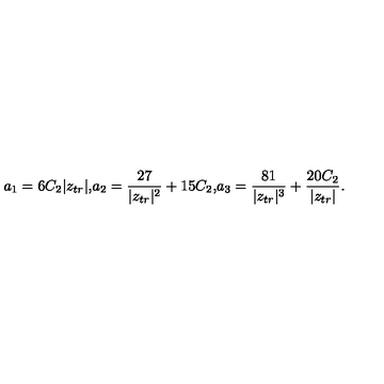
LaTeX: a _ { 1 } = 6 C _ { 2 } | z _ { t r } | \mathrm { , } a _ { 2 } = \frac { 2 7 } { | z _ { t r } | ^ { 2 } } + 1 5 C _ { 2 } \mathrm { , } a _ { 3 } = \frac { 8 1 } { | z _ { t r } | ^ { 3 } } + \frac { 2 0 C _ { 2 } } { | z _ { t r } | } .